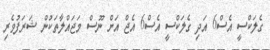
ގެލަކްސީ އެސް6 އަދި ގެލަކްސީ އެސް6 އެޖް އަށް ނޫސް މަޖައްލާތަކުން ޝަރަފުވެރި